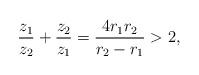
LaTeX: \begin{align*}\frac{z_1}{z_2}+\frac{z_2}{z_1}=\frac{4r_1r_2}{r_2-r_1}>2,\end{align*}